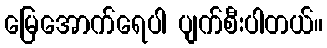
မြေအောက်ရေပါ ပျက်စီးပါတယ်။